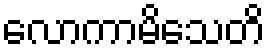
လောကာမိသေတိ